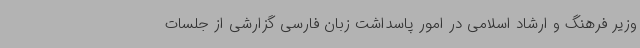
وزیر فرهنگ و ارشاد اسلامی در امور پاسداشت زبان فارسی گزارشی از جلسات